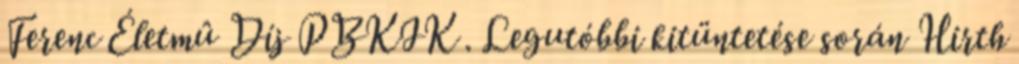
Ferenc Életmû Díj PBKIK . Legutóbbi kitüntetése során Hirth